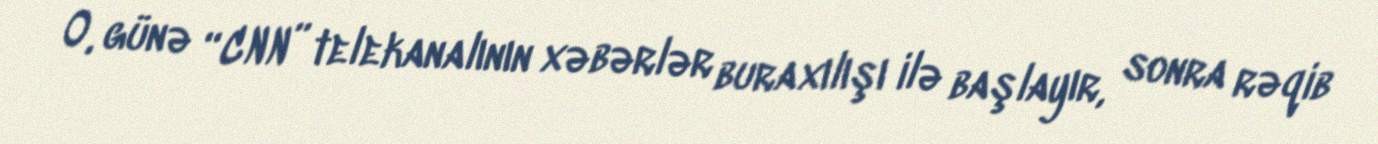
O, günə “CNN” telekanalının xəbərlər buraxılışı ilə başlayır, sonra rəqib